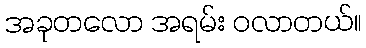
အခုတလော အရမ်း ဝလာတယ်။